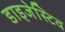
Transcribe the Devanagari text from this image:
डाइजेस्टिव